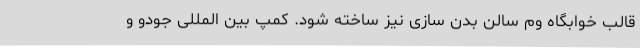
قالب خوابگاه وم سالن بدن سازی نیز ساخته شود. کمپ بین المللی جودو و